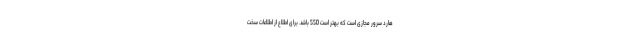
هارد سرور مجازی است که بهتر است SSD باشد. برای اطلاع از اطلاعات سخت